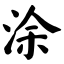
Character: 涂